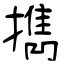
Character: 擕